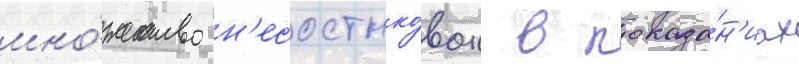
мно́жество н'есостыко́вок в показа́н'иах